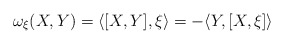
\begin{align*}\omega_\xi(X,Y)=\langle[X,Y],\xi\rangle=-\langle Y,[X,\xi]\rangle\end{align*}